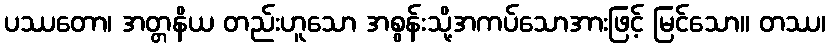
ပဿတော၊ အတ္တနိယ တည်းဟူသော အစွန်းသို့အကပ်သောအားဖြင့် မြင်သော။ တဿ၊